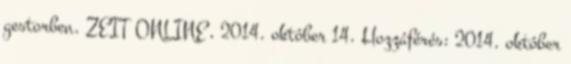
gestorben. ZEIT ONLINE, 2014. október 14. Hozzáférés: 2014. október